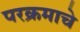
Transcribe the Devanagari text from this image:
परक्रमाचे